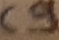
Text: C9